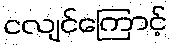
ငလျင်ကြောင့်